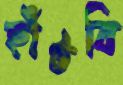
হাঁটবি